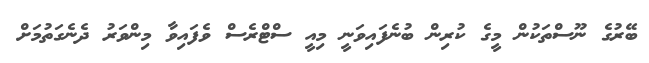
ބޭރުގެ ނޫސްތަކުން މީގެ ކުރިން ބުނެފައިވަނީ މިއީ ސްޓްރެސް ވެފައިވާ މިންވަރު ދެނެގަތުމަށް